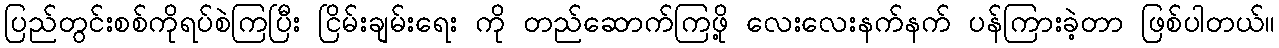
ပြည်တွင်းစစ်ကိုရပ်စဲကြပြီး ငြိမ်းချမ်းရေး ကို တည်ဆောက်ကြဖို့ လေးလေးနက်နက် ပန်ကြားခဲ့တာ ဖြစ်ပါတယ်။